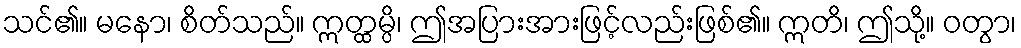
သင်၏။ မနော၊ စိတ်သည်။ ဣတ္ထမ္ပိ၊ ဤအပြားအားဖြင့်လည်းဖြစ်၏။ ဣတိ၊ ဤသို့။ ဝတွာ၊